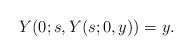
LaTeX: \begin{align*}Y (0;s,Y(s;0,y))=y.\end{align*}